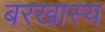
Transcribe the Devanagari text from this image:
बरखास्य